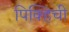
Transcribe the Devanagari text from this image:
पिक्हिची